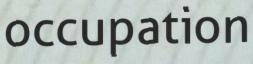
occupation